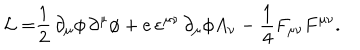
\mathcal { L = } \frac { 1 } { 2 } \, \partial _ { \mu } \phi \, \partial ^ { \mu } \phi + e \, \varepsilon ^ { \mu \nu } \, \partial _ { \mu } \phi A _ { \nu } - \frac { 1 } { 4 } F _ { \mu \nu } F ^ { \mu \nu } .